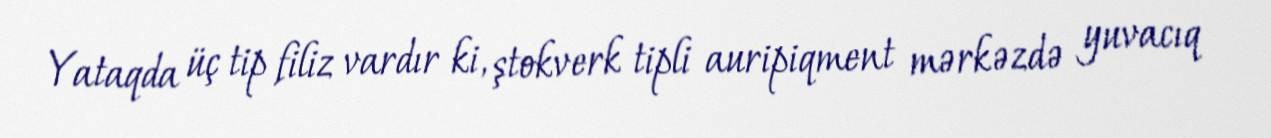
Yataqda üç tip filiz vardır ki, ştokverk tipli auripiqment mərkəzdə yuvacıq